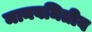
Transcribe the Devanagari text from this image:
मानवमितीय